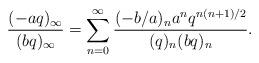
LaTeX: \begin{align*}\frac{(-aq)_{\infty}}{(bq)_{\infty}}=\sum_{n=0}^{\infty}\frac{(-b/a)_na^nq^{n(n+1)/2}}{(q)_n(bq)_n}.\end{align*}